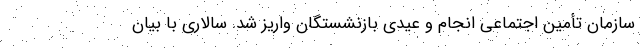
سازمان تأمین اجتماعی انجام و عیدی بازنشستگان واریز شد. سالاری با بیان